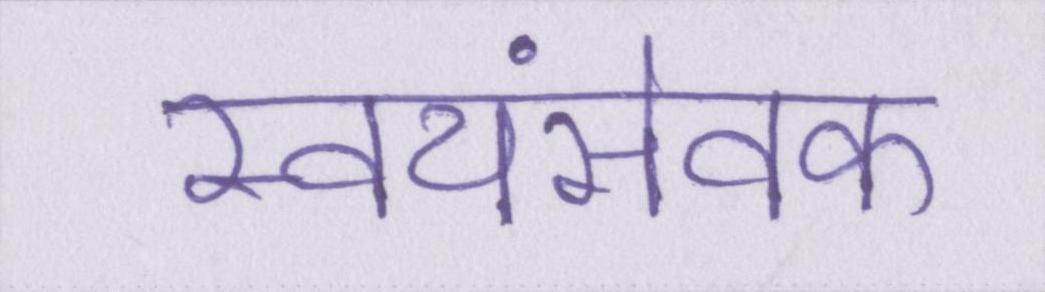
स्वयंसेवक